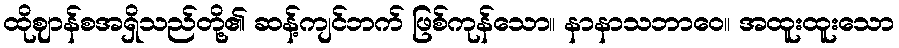
ထိုဈာန်စအရှိသည်တို့၏ ဆန့်ကျင်ဘက် ဖြစ်ကုန်သော။ နာနာသဘာဝေ။ အထူးထူးသော